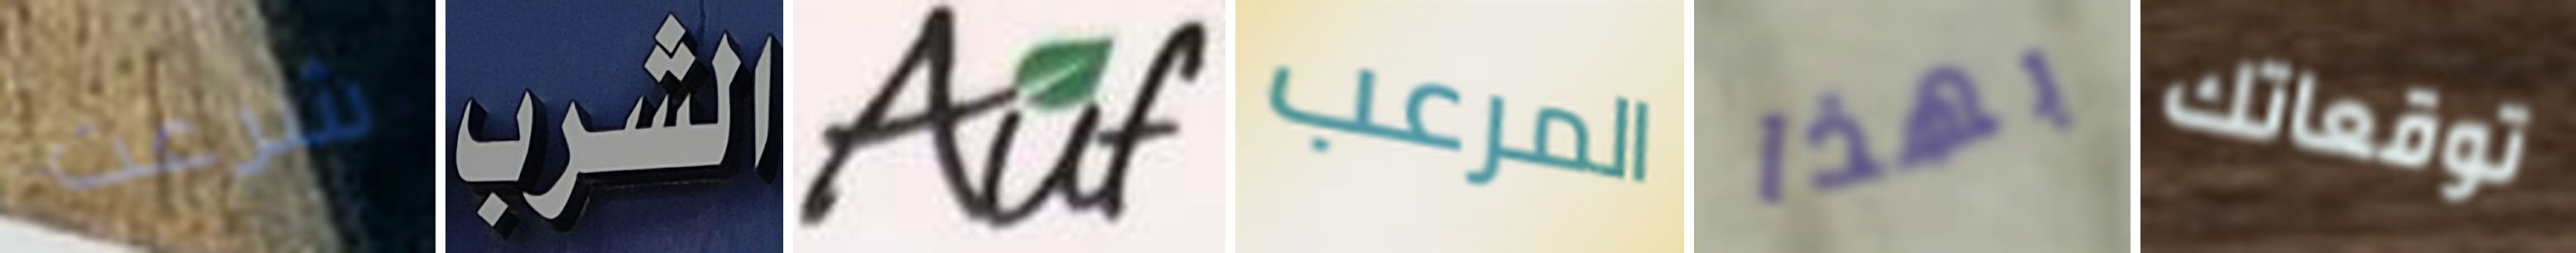
شرعت الشرب Auf المرعب بهذا توقعاتك